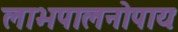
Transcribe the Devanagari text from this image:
लाभपालनोपायः